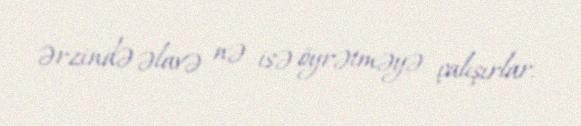
ərzində əlavə nə isə öyrətməyə çalışırlar.